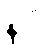
နဝါ